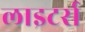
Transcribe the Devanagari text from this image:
लाइटर्स